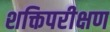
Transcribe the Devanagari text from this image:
शक्तिपरीक्षण